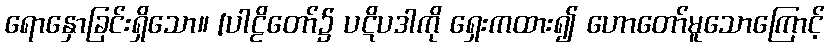
ရောနှောခြင်းရှိသော။ [ပါဠိတော်၌ ပဋိပဒါကို ရှေးကထား၍ ဟောတော်မူသောကြောင့်